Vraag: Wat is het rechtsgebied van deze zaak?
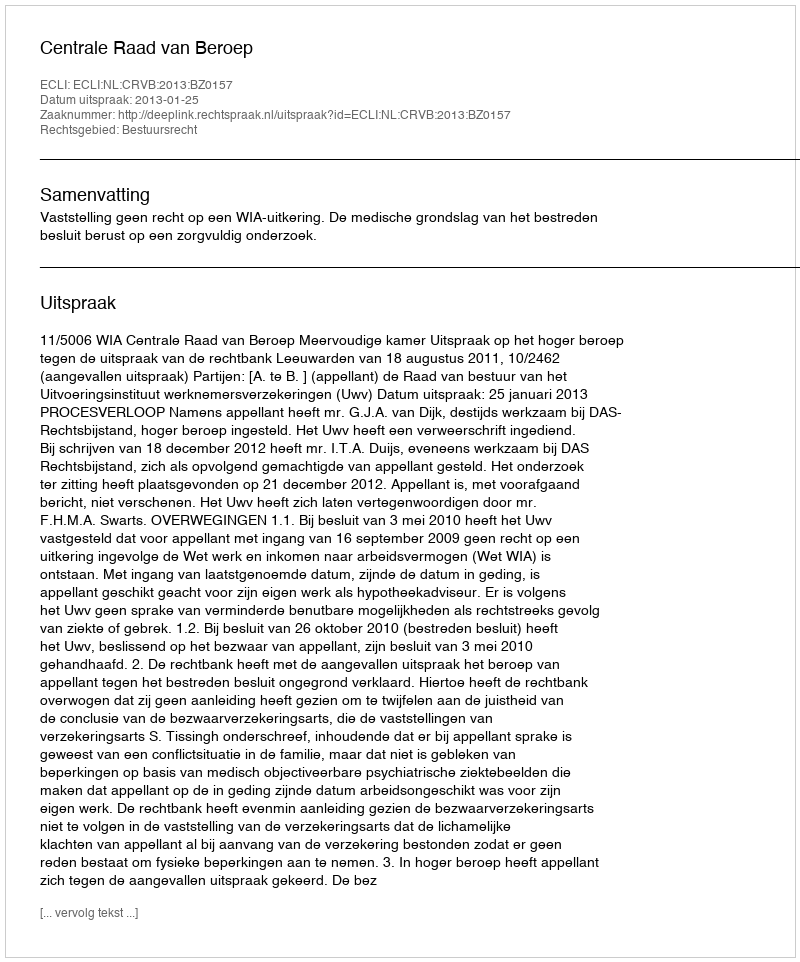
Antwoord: Bestuursrecht